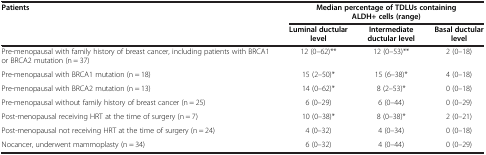
| <ROWSPAN=2> Patients | <COLSPAN=3> Median percentage of TDLUs containing ALDH+ cells (range) |
 | Luminal ductular level | Intermediate ductular level | Basal ductular level |
 | --- | --- | --- | --- |
 | Pre-menopausal with family history of breast cancer, including patients with BRCA1 or BRCA2 mutation (n = 37) | 12 (0–62)** | 12 (0–53)** | 2 (0–18) |
 | Pre-menopausal with BRCA1 mutation (n = 18) | 15 (2–50)* | 15 (6–38)* | 4 (0–18) |
 | Pre-menopausal with BRCA2 mutation (n = 13) | 14 (0–62)* | 8 (2–53)* | 0 (0–18) |
 | Pre-menopausal without family history of breast cancer (n = 25) | 6 (0–29) | 6 (0–44) | 0 (0–29) |
 | Post-menopausal receiving HRT at the time of surgery (n = 7) | 10 (0–38)* | 8 (0–38)* | 2 (0–21) |
 | Post-menopausal not receiving HRT at the time of surgery (n = 24) | 4 (0–32) | 4 (0–34) | 0 (0–18) |
 | Nocancer, underwent mammoplasty (n = 34) | 6 (0–32) | 4 (0–44) | 0 (0–29) |